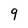
Character: 9